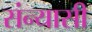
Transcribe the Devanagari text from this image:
संन्‍यासी